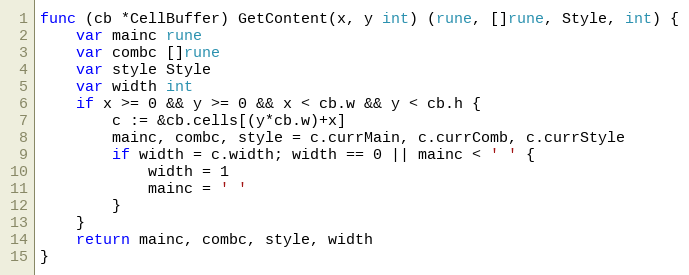
Language: Go
func (cb *CellBuffer) GetContent(x, y int) (rune, []rune, Style, int) {
	var mainc rune
	var combc []rune
	var style Style
	var width int
	if x >= 0 && y >= 0 && x < cb.w && y < cb.h {
		c := &cb.cells[(y*cb.w)+x]
		mainc, combc, style = c.currMain, c.currComb, c.currStyle
		if width = c.width; width == 0 || mainc < ' ' {
			width = 1
			mainc = ' '
		}
	}
	return mainc, combc, style, width
}